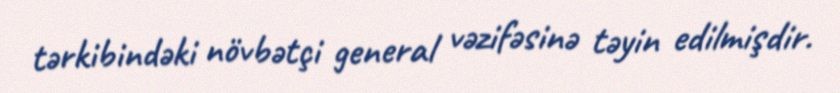
tərkibindəki növbətçi general vəzifəsinə təyin edilmişdir.